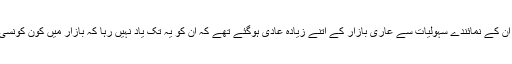
چترال بازار کے کاروباری افراد اور ان کے نمائندے سہولیات سے عاری بازار کے اتنے زیادہ عادی ہوگئے تھے کہ ان کو یہ تک یاد نہیں رہا کہ بازار میں کون کونسی سہولیات موجود ہیں اور کونسی نہیں۔